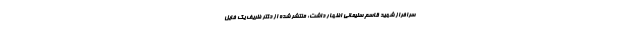
سرافراز شهید قاسم سلیمانی اظهار داشت: منتشر شده از دکتر ظریف یک فایل